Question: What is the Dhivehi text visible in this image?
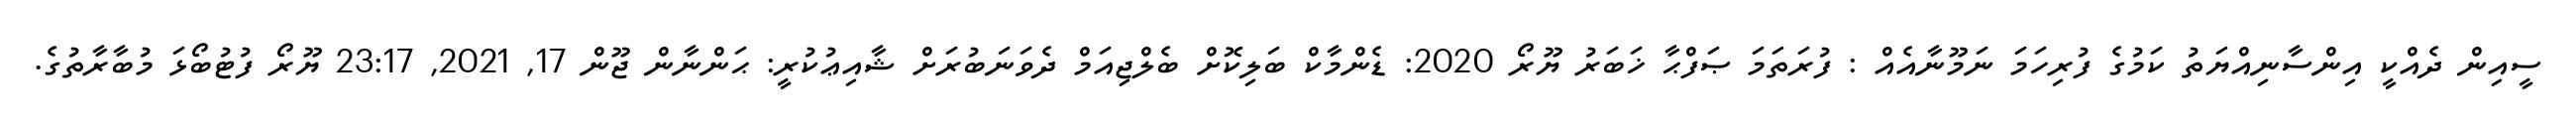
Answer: ސީއިން ދެއްކީ އިންސާނިއްޔަތު ކަމުގެ ފުރިހަމަ ނަމޫނާއެއް : ފުރަތަމަ ޞަފްޙާ ޚަބަރު ޔޫރޯ 2020: ޑެންމާކް ބަލިކޮށް ބެލްޖިއަމް ދެވަނަބުރަށް ޝާއިޢުކުރީ: ޙަންނާން ޖޫން 17, 2021, 23:17 ޔޫރޯ ފުޓުބޯޅަ މުބާރާތުގެ.